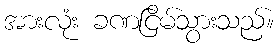
အားလုံး ခဏငြိမ်သွားသည်။